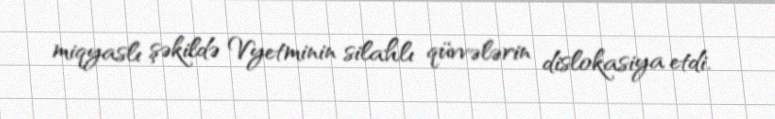
miqyaslı şəkildə Vyetminin silahlı qüvvələrin dislokasiya etdi.